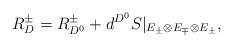
LaTeX: \begin{align*} R_{D}^\pm = R_{D^0}^\pm + d^{D^0}S|_{E_\pm \otimes E_{\mp}\otimes E_\pm},\end{align*}